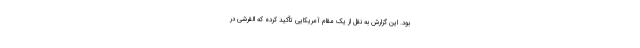
بود. این گزارش به نقل از یک مقام آمریکایی تأکید کرده که القرشی در